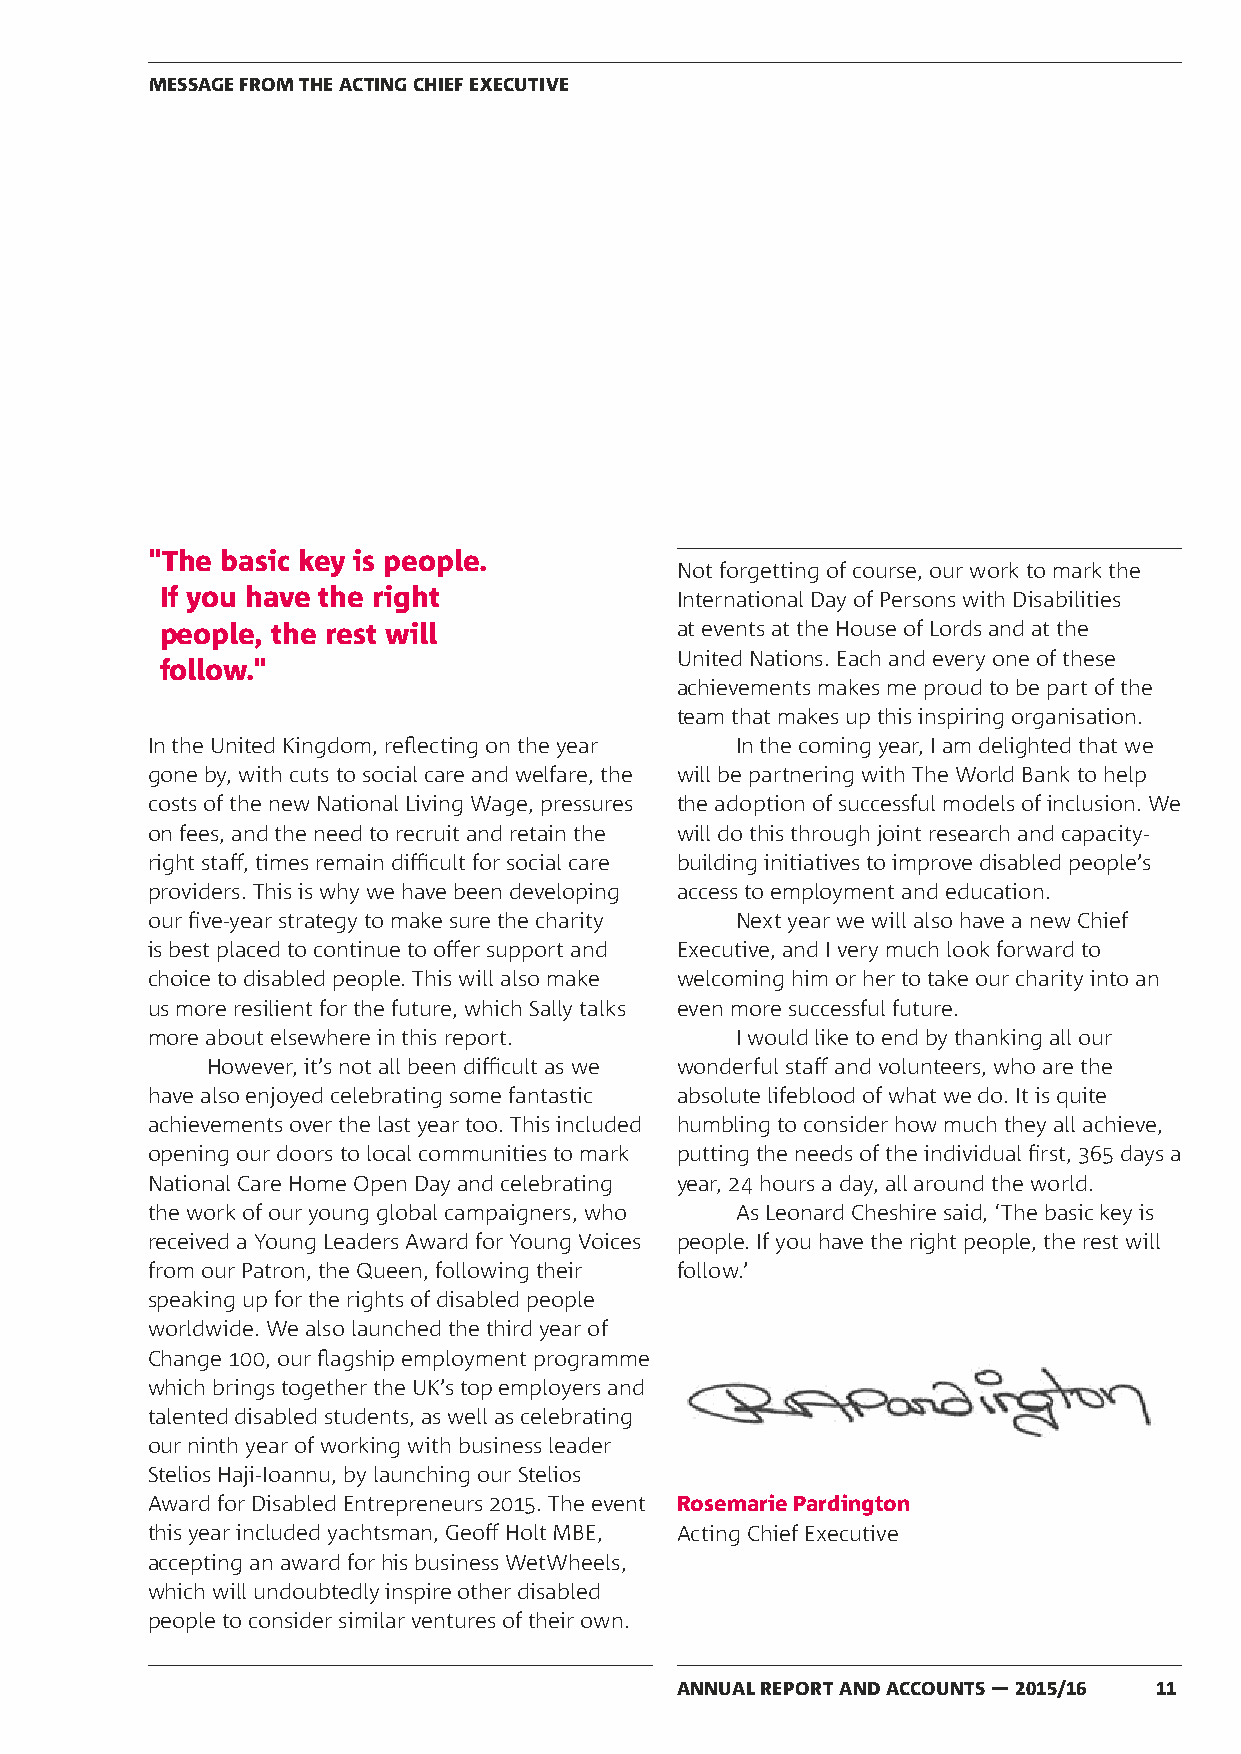
MESSAGE FROM THE ACTING CHIEF EXECUTIVE
 "The basic key is people.
 Not forgetting of course, our work to mark the
 If you have the right             International Day of Persons with Disabilities
 people, the rest will             at events at the House of Lords and at the
 United Nations. Each and every one of these
 follow."
 achievements makes me proud to be part of the
 team that makes up this inspiring organisation.
 In the United Kingdom, reflecting on the year In the coming year, I am delighted that we
 gone by, with cuts to social care and welfare, the will be partnering with The World Bank to help
 costs of the new National Living Wage, pressures the adoption of successful models of inclusion. We
 on fees, and the need to recruit and retain the will do this through joint research and capacity-
 right staff, times remain difficult for social care building initiatives to improve disabled people’s
 providers. This is why we have been developing access to employment and education.
 our five-year strategy to make sure the charity Next year we will also have a new Chief
 is best placed to continue to offer support and Executive, and I very much look forward to
 choice to disabled people. This will also make welcoming him or her to take our charity into an
 us more resilient for the future, which Sally talks even more successful future.
 more about elsewhere in this report.   I would like to end by thanking all our
 However, it’s not all been difficult as we wonderful staff and volunteers, who are the
 have also enjoyed celebrating some fantastic absolute lifeblood of what we do. It is quite
 achievements over the last year too. This included humbling to consider how much they all achieve,
 opening our doors to local communities to mark putting the needs of the individual first, 365 days a
 National Care Home Open Day and celebrating year, 24 hours a day, all around the world.
 the work of our young global campaigners, who As Leonard Cheshire said, ‘The basic key is
 received a Young Leaders Award for Young Voices people. If you have the right people, the rest will
 from our Patron, the Queen, following their follow.’
 speaking up for the rights of disabled people
 worldwide. We also launched the third year of
 Change 100, our flagship employment programme
 which brings together the UK’s top employers and
 talented disabled students, as well as celebrating
 our ninth year of working with business leader
 Stelios Haji-Ioannu, by launching our Stelios
 Award for Disabled Entrepreneurs 2015. The event Rosemarie Pardington
 this year included yachtsman, Geoff Holt MBE, Acting Chief Executive
 accepting an award for his business WetWheels,
 which will undoubtedly inspire other disabled
 people to consider similar ventures of their own.
 ANNUAL REPORT AND ACCOUNTS — 2015/16 11